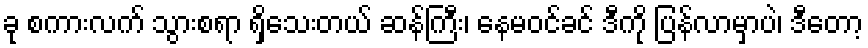
ခု စကားလက် သွားစရာ ရှိသေးတယ် ဆန်ကြီး၊ နေမဝင်ခင် ဒီကို ပြန်လာမှာပဲ၊ ဒီတော့